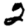
Digit: 2